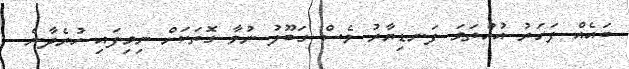
ބައެއް ފަހަރު އުއްތަމަ ފަނޑިޔާރު ވެސް ގަބޫލު ނުވާ ގޮތަކަށް ނިމިފައި ހުރެދާނެ.